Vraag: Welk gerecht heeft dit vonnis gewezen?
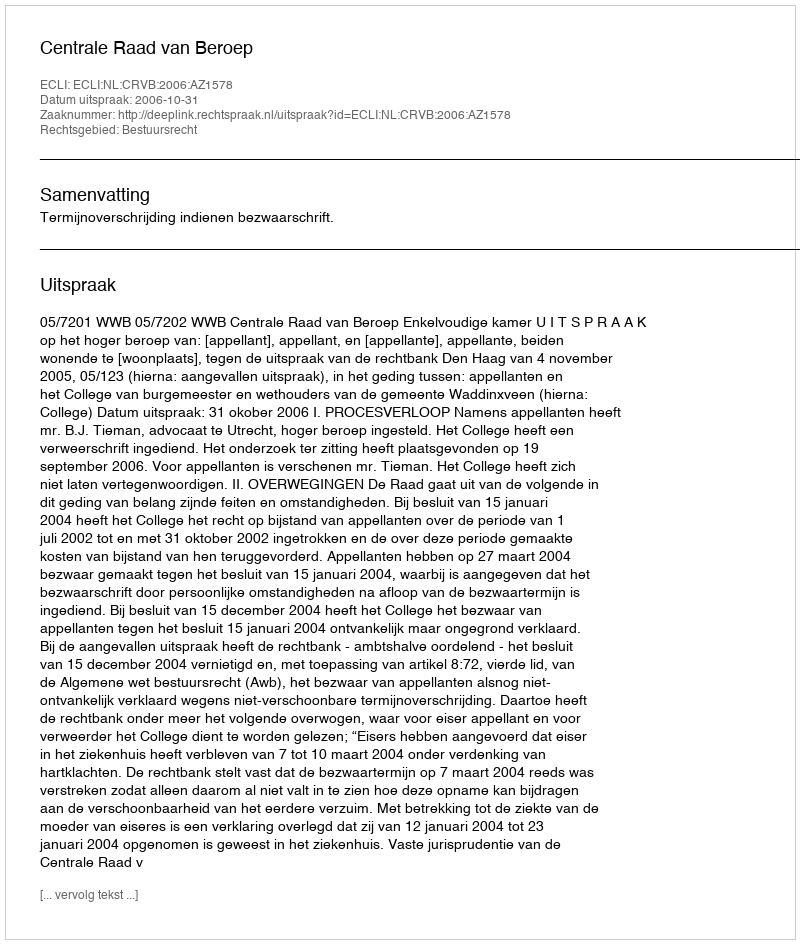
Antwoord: Centrale Raad van Beroep